Leaving Certificate Examination, 1910
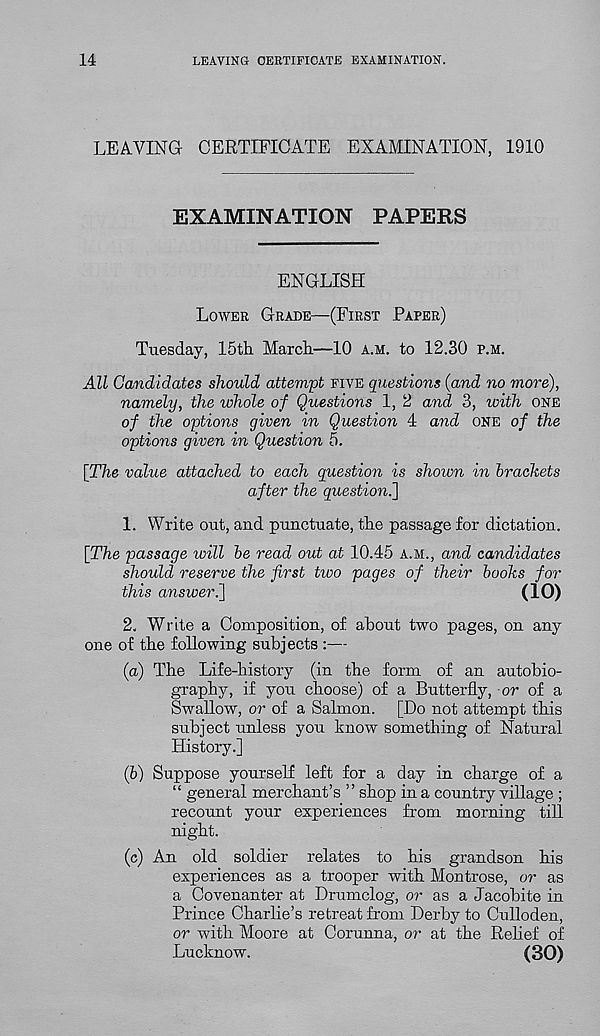
14
LEAVING CERTIFICATE EXAMINATION.
LEAVING CERTIFICATE EXAMINATION, 1910
EXAMINATION PAPERS
ENGLISH
LOWER GRADE—(FIRST PAPER)
Tuesday, 15th March—10 A.M. to 12.30 P.M.
All Candidates should attem'pt FIVE questions (and no more),
namely, the whole of Questions 1, 2 and 3, with ONE
of the options given in Question 4 and ONE of the
options given in Question 5.
[The value attached to each question is shown in brackets
after the question^]
1. Write out, and punctuate, the passage for dictation.
[The passage will be read out at 10.45 A.M., and candidates
should reserve the first tioo pages of their books for
this answeri\
(10)
2. Write a Composition, of about two pages, on any
one of the following subjects :—
(а) The Life-history (in the form of an autobio-
graphy, if you choose) of a Butterfly, or of a
Swallow, or of a Salmon. [Do not attempt this
subject unless you know something of Natural
History.]
(б) Suppose yourself left for a day in charge of a
“ general merchant’s ” shop in a country village ;
recount your experiences from morning till
night.
(c) An old soldier relates to his grandson his
experiences as a trooper with Montrose, or as
a Covenanter at Drumclog, or as a Jacobite in
Prince Charlie’s retreat from Derby to Culloden,
or with Moore at Corunna, or at the Relief of
Lucknow.
(30)